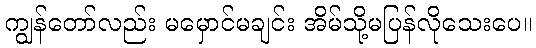
ကျွန်တော်လည်း မမှောင်မချင်း အိမ်သို့မပြန်လိုသေးပေ။